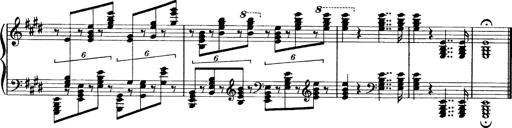
Title: OuvertÃ¼re zu TannhÃ¤user
Composer: Franz Liszt